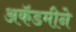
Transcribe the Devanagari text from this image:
अकॅडमीने